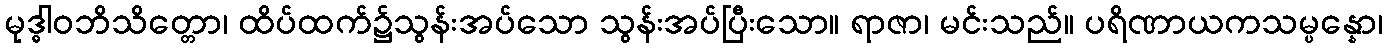
မုဒ္ဓါဝဘိသိတ္တော၊ ထိပ်ထက်၌သွန်းအပ်သော သွန်းအပ်ပြီးသော။ ရာဇာ၊ မင်းသည်။ ပရိဏာယကသမ္ပန္နော၊